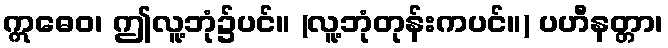
ဣဓေဝ၊ ဤလူ့ဘုံ၌ပင်။ (လူ့ဘုံတုန်းကပင်။) ပဟီနတ္တာ၊